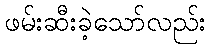
ဖမ်းဆီးခဲ့သော်လည်း